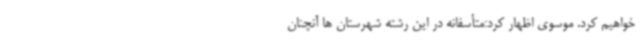
خواهیم کرد. موسوی اظهار کرد:متأسفانه در این رشته شهرستان ها آنچنان